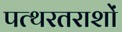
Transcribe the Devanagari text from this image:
पत्थरतराशों